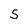
Character: 5